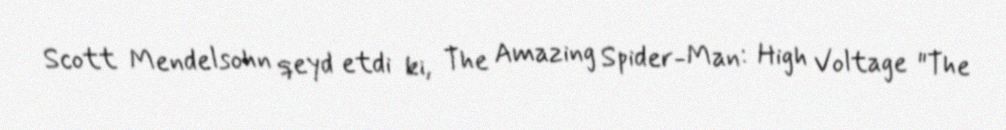
Scott Mendelsohn qeyd etdi ki, The Amazing Spider-Man: High Voltage "The